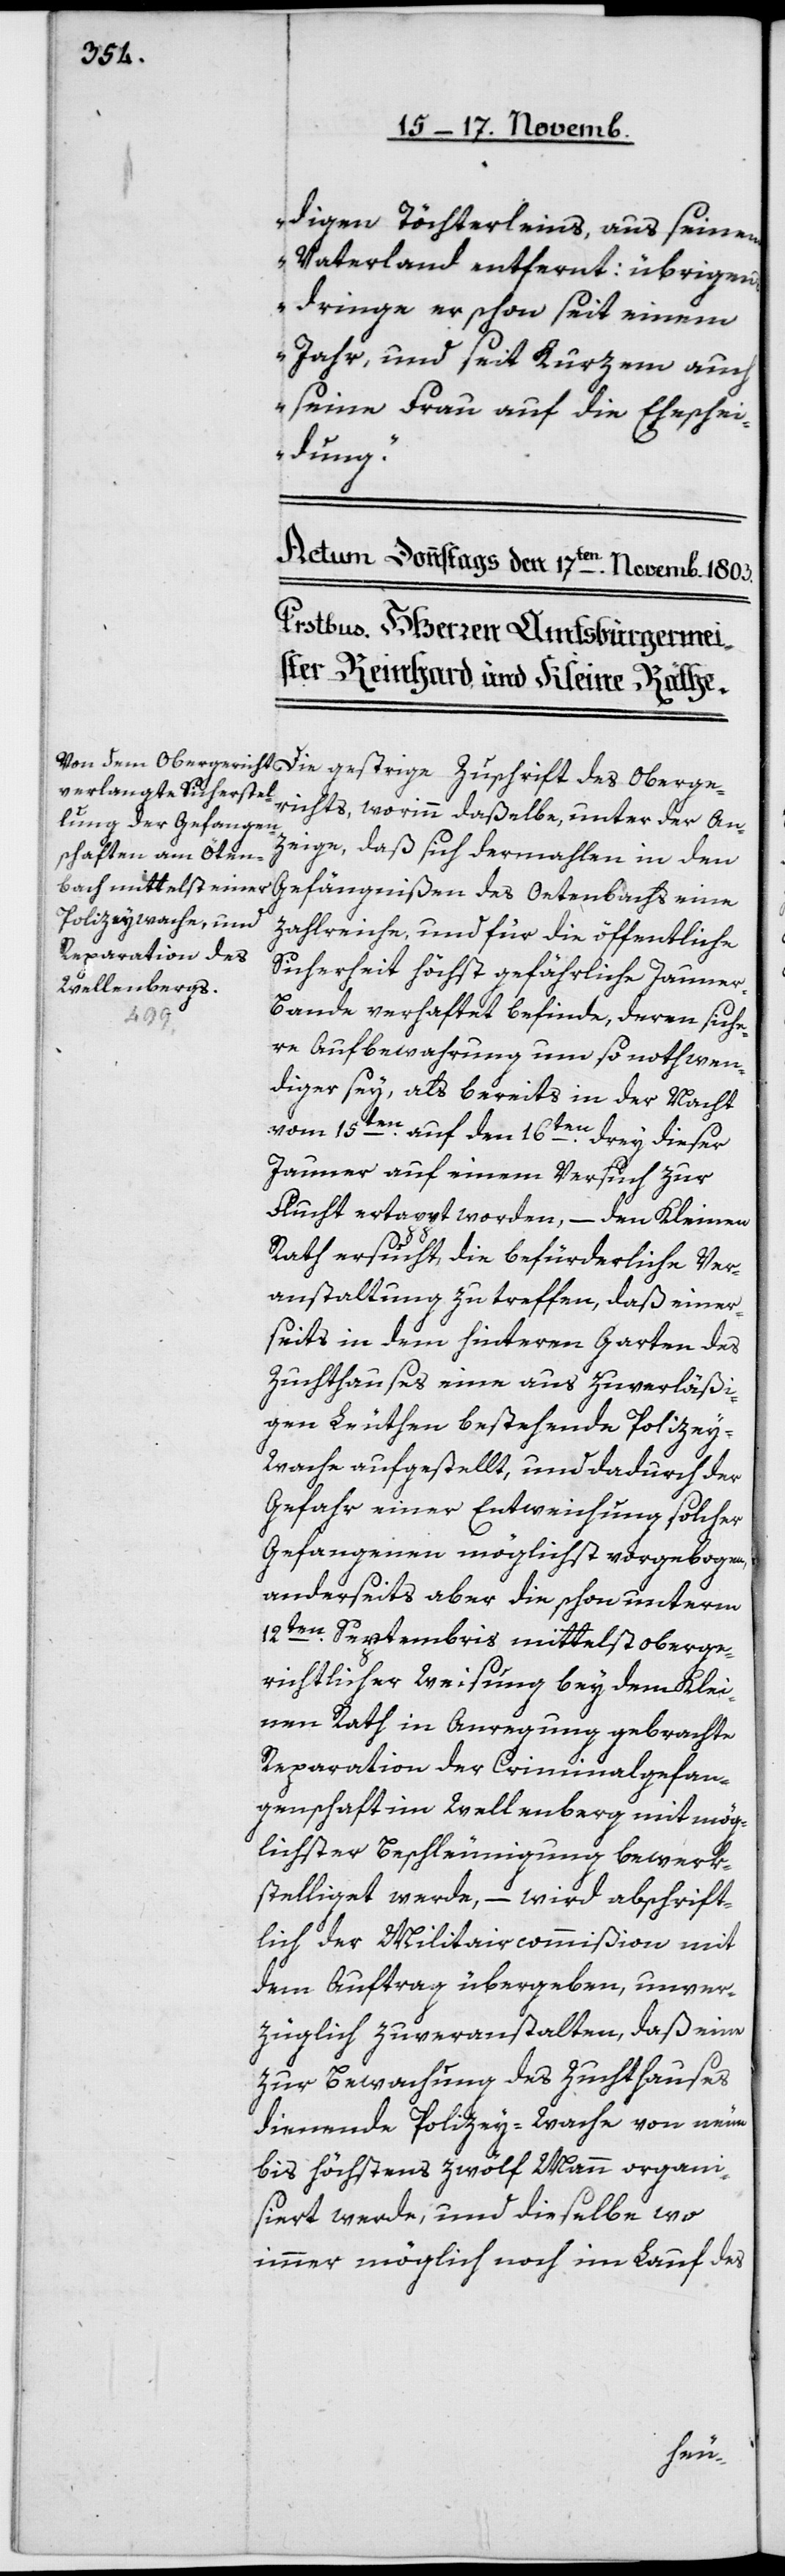
digen Töchterleins, aus seinem
Vaterland entfernt; übrigens
dringe er schon seit einem
Jahr und seit kurzem auch
seine Frau auf die Eheschei¬
dung.“
Zuschrift des Oberge¬
richts, worinn daßelbe unter der An¬
zeige, daß sich dermahlen in den
Gefängnißen des Oetenbachs eine
zahlreiche, und für die öffentliche
Sicherheit höchst gefährliche Jauner¬
bande verhaftet befinde, deren siche¬
re Aufbewahrung um so nothwen¬
diger sey, als bereits in der Nacht
vom 15ten auf den 16ten drey dieser
Jauner auf einem Versuch zur
Flucht ertappt worden, – den Kleinen
Rath ersucht, die befürderliche Ver¬
anstaltung zu treffen, daß einer¬
seits in dem hinteren Garten des
Zuchthauses eine aus zuverläßi¬
gen Leuten bestehende Polizey¬
wache aufgestellt, und dadurch der
Gefahr einer Entweichung solcher
Gefangenen möglichst vorgebogen,
anderseits aber die schon unterm
12ten Septembris mittelst oberge¬
richtlicher Weisung bey dem Klei¬
nen Rath in Anregung gebrachte
Reparation der Criminalgefan¬
genschaft im Wellenberg mit mög¬
lichster Beschleunigung bewerk¬
stelliget werde, – wird abschrift¬
lich der Militaircommißion mit
dem Auftrag übergeben, unver¬
züglich zu veranstalten, daß eine
zur Bewachung des Zuchthauses
dienende Polizey-Wache von neun
bis höchstens zwölf Mann organi¬
siert werde, und dieselbe wo
immer möglich noch im Lauf des